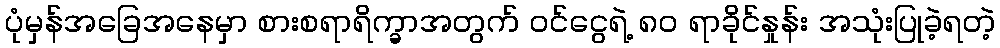
ပုံမှန်အခြေအနေမှာ စားစရာရိက္ခာအတွက် ဝင်ငွေရဲ့ ၈၀ ရာခိုင်နှုန်း အသုံးပြုခဲ့ရတဲ့